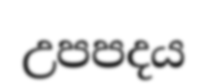
උපපදය